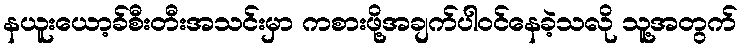
နယူးယော့ခ်စီးတီးအသင်းမှာ ကစားဖို့အချက်ပါဝင်နေခဲ့သလို သူ့အတွက်